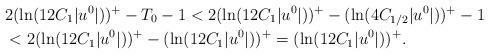
LaTeX: \begin{align*}&2(\ln (12C_1|u^0|) )^+ -T_0-1< 2(\ln (12C_1|u^0|) )^+-(\ln(4C_{1/2}|u^0|))^+ -1\\&< 2(\ln (12C_1|u^0|) )^+-(\ln(12C_1|u^0|))^+ = (\ln (12C_1|u^0|) )^+ .\end{align*}